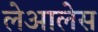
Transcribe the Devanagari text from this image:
लेआलेस